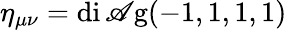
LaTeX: \eta_{\mu\nu}=\operatorname{di\mathscr{A}g}(-1,1,1,1)